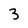
Character: 3